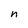
Character: n